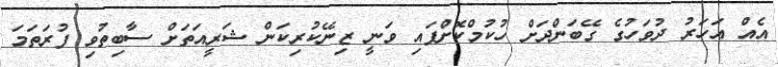
އެއް އަހަރު ދުވަހުގެ ގޭބަންދަށް ހުކުމްކޮށްފައި ވަނީ ޒިނޭކުރިކަން ޝަރީއަތަށް ސާބިތުވި ފުރަތަމަ